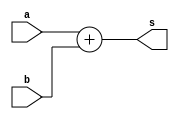
`timescale 1ns / 1ps
//////////////////////////////////////////////////////////////////////////////////
// Company: 
// Engineer: 
// 
// Design Name: 
// Module Name:    adder18 
// Project Name: 
// Target Devices: 
// Tool versions: 
// Description: 
//
// Dependencies: 
//
// Revision: 
// Revision 0.01 - File Created
// Additional Comments: 
//
//////////////////////////////////////////////////////////////////////////////////
module adder18(
    input [17:0] a,
    input [17:0] b,
    output [17:0] s
    );

assign s=a+b;
endmodule